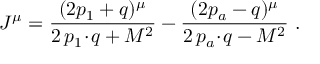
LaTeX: J ^ { \mu } = \frac { ( 2 p _ { 1 } + q ) ^ { \mu } } { 2 \, p _ { 1 } \! \cdot \! q + M ^ { 2 } } - \frac { ( 2 p _ { a } - q ) ^ { \mu } } { 2 \, p _ { a } \! \cdot \! q - M ^ { 2 } } \ .